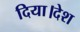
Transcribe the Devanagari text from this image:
दिया।देश